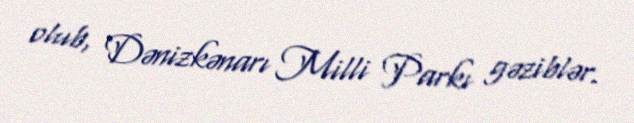
olub, Dənizkənarı Milli Parkı gəziblər.